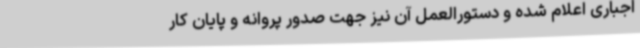
اجباری اعلام شده و دستورالعمل آن نیز جهت صدور پروانه و پایان کار